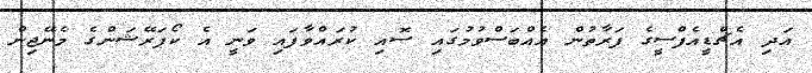
އަދި އެޗްޑީއެފްސީގެ ފަރާތުން އެއްބަސްވުމުގައި ސޮއި ކުރައްވާފައި ވަނީ އެ ކޯޕަރޭޝަންގެ މެނޭޖިން